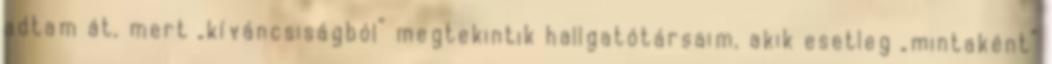
adtam át, mert „kíváncsiságból” megtekintik hallgatótársaim, akik esetleg „mintaként”